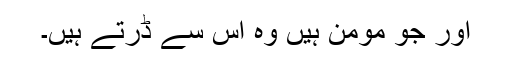
اور جو مومن ہیں وہ اس سے ڈرتے ہیں۔